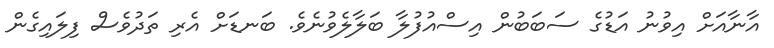
އާނާއަށް އިވުނު އަޑުގެ ސަބަބުން އިސްއުފުލާ ބަލާލެވުނެވެ. ބަނޑަށް އެރި ތަދުވެސް ފިލައިގެން